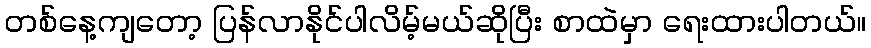
တစ်နေ့ကျတော့ ပြန်လာနိုင်ပါလိမ့်မယ်ဆိုပြီး စာထဲမှာ ရေးထားပါတယ်။